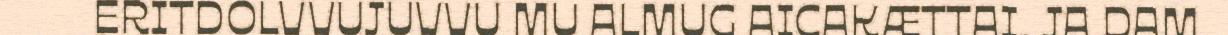
ERITDOLVVUJUVVU MU ALMUG AICAKÆTTAI, JA DAM